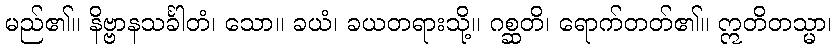
မည်၏။ နိဗ္ဗာနသင်္ခါတံ၊ သော။ ခယံ၊ ခယတရားသို့။ ဂစ္ဆတိ၊ ရောက်တတ်၏။ ဣတိတသ္မာ၊